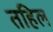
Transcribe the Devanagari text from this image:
तहिल